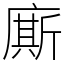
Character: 廝